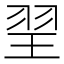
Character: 䍿